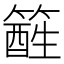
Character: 𥴑